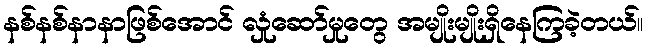
နစ်နစ်နာနာဖြစ်အောင် လှုံဆော်မှုတွေ အမျိုးမျိုးရှိနေကြခဲ့တယ်။